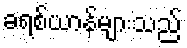
ခရစ်ယာန်များသည်